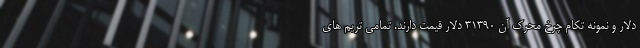
دلار و نمونه تکام چرخ محرک آن 31390 دلار قیمت دارند. تمامی تریم های